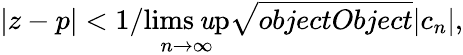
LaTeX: |z-p|<1/\operatorname*{lims\mathit{u}p}_{n\rightarrow\infty}{\sqrt{{{objectObject}}}{{|c_{n}|}}},